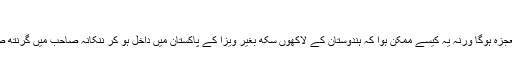
‘
ہوسکتا ہے کہ گورونانک دیو جی کی پانچ سو پچاسویں برسی پر کوئی معجزہ ہوگا ورنہ یہ کیسے ممکن ہوا کہ ہندوستان کے لاکھوں سکھ بغیر ویزا کے پاکستان میں داخل ہو کر ننکانہ صاحب میں گرنتھ صاحب پڑھ رہے ہیں اور قریب میں مساجد سے اذانیں بھی بلند ہو رہی ہیں۔